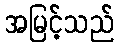
အမြင့်သည်